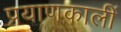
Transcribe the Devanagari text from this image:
प्रयाणकालीं